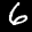
Label: 6